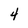
Character: 4